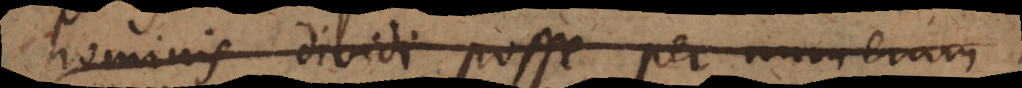
hominis dividi posse per numerum